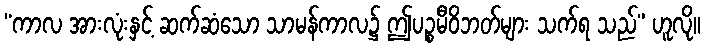
“ကာလ အားလုံးနှင့် ဆက်ဆံသော သာမန်ကာလ၌ ဤပဉ္စမီဝိဘတ်များ သက်ရ သည်” ဟူလို။